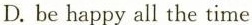
D. be happy all the time